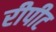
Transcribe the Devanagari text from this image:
रीपीट